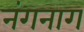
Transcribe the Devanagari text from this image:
नंगनाग